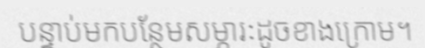
បន្ទាប់មកបន្ថែមសម្ភារៈដូចខាងក្រោម។